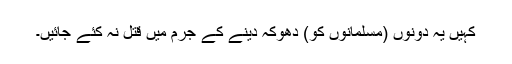
کہیں یہ دونوں (مسلمانوں کو) دھوکہ دینے کے جرم میں قتل نہ کئے جائیں۔